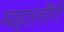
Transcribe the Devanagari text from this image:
महालींगे